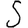
Digit: 5